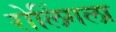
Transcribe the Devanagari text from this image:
रोलिंगला